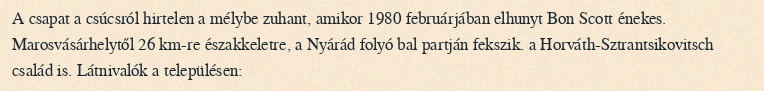
A csapat a csúcsról hirtelen a mélybe zuhant, amikor 1980 februárjában elhunyt Bon Scott énekes. Marosvásárhelytől 26 km-re északkeletre, a Nyárád folyó bal partján fekszik. a Horváth-Sztrantsikovitsch család is. Látnivalók a településen: